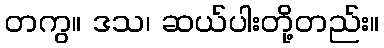
တကွ။ ဒသ၊ ဆယ်ပါးတို့တည်း။